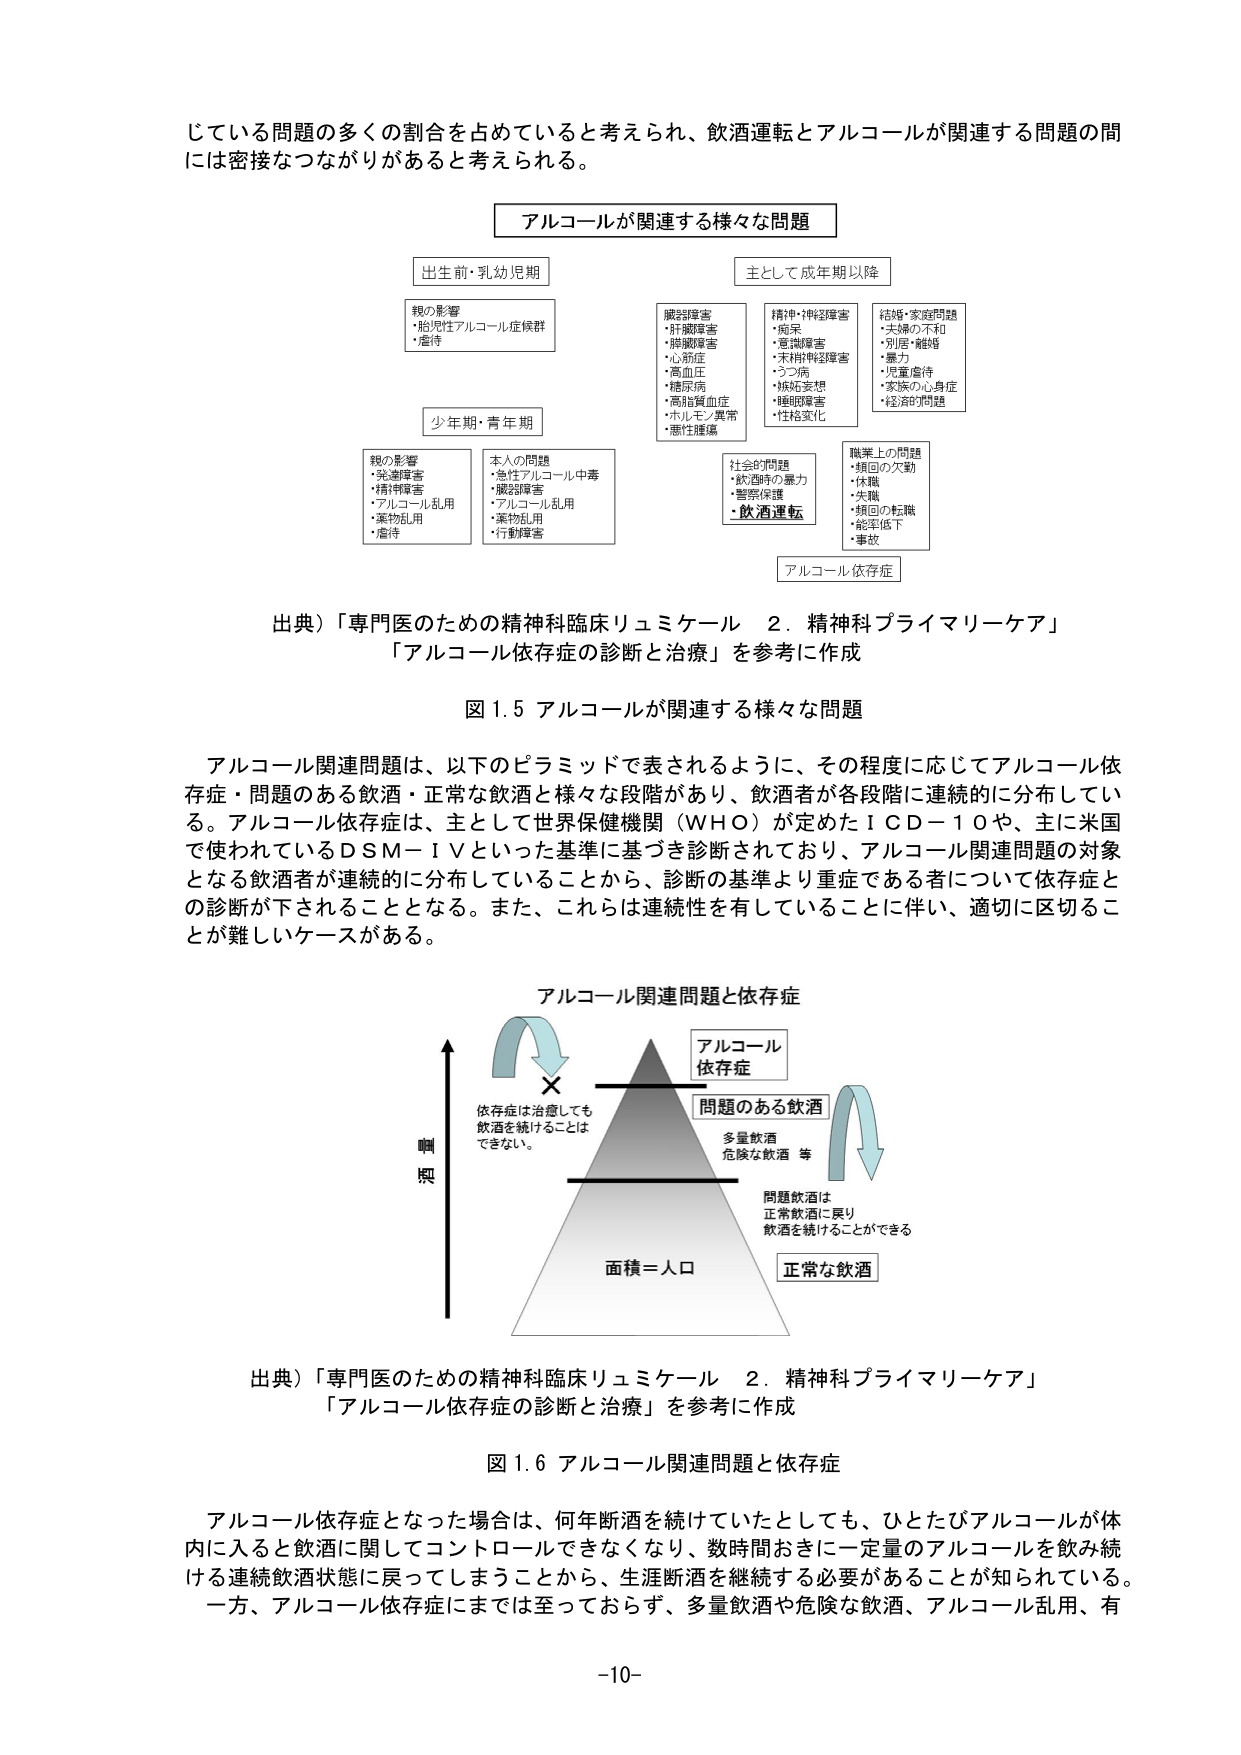
じている問題の多くの割合を占めていると考えられ、飲酒運転とアルコールが関連する問題の間には密接なつながりがあると考えられる。

アルコールが関連する様々な問題

出生前・乳幼児期
親の影響
・胎児性アルコール症候群
・虐待

少年人・青年期
親の影響
・発達障害
・精神障害
・アルコール乱用
・薬物乱用
・虐待
本人の問題
・急性アルコール中毒
・脳部障害
・アルコール乱用
・薬物乱用
・行動障害

主として成年期以降
臓器障害
・肝臓障害
・膵臓障害
・心筋症
・高血圧
・糖尿病
・高脂質血症
・ホルモン異常
・悪性腫瘍
精神・神経障害
・痴呆
・意識障害
・末梢神経障害
・うつ病
・強迫妄想
・睡眠障害
・性格変化
結婚・家庭問題
・夫婦の不和
・別居・離婚
・暴力
・児童虐待
・家族の心身症
・経済的問題
社会的問題
・飲酒時の暴力
・警察保護
・飲酒運転
職業上の問題
・頻回の欠勤
・休職
・失職
・頻回の転職
・能率低下
・事故

アルコール依存症

出典）「専門医のための精神科臨床リュミケール 2．精神科プライマリーケア」
「アルコール依存症の診断と治療」を参考に作成

図 1.5 アルコールが関連する様々な問題

アルコール関連問題は、以下のピラミッドで表されるように、その程度に応じてアルコール依存症・問題のある飲酒・正常な飲酒と様々な段階があり、飲酒者が各段階に連続的に分布している。アルコール依存症は、主として世界保健機関（WHO）が定めたＩＣＤ－１０や、主に米国で使われているＤＳＭ－ＩＶといった基準に基づき診断されており、アルコール関連問題の対象となる飲酒者が連続的に分布していることから、診断の基準より重症である者について依存症との診断が下されることとなる。また、これらは連続性を有していることに伴い、適切に区切ることが難しいケースがある。

アルコール関連問題と依存症

（縦軸：頻度）
面積＝人口

アルコール依存症
問題のある飲酒
多量飲酒
危険な飲酒 等
正常な飲酒

依存症は治療しても飲酒を続けることはできない。
問題飲酒は正常飲酒に戻り飲酒を続けることができる。

出典）「専門医のための精神科臨床リュミケール 2．精神科プライマリーケア」
「アルコール依存症の診断と治療」を参考に作成

図 1.6 アルコール関連問題と依存症

アルコール依存症となった場合は、何年断酒を続けていたとしても、ひとたびアルコールが体内に入ると飲酒に関してコントロールできなくなり、数時間おきに一定量のアルコールを飲み続ける連続飲酒状態に戻ってしまうことから、生涯断酒を継続する必要があることが知られている。一方、アルコール依存症にまでは至っておらず、多量飲酒や危険な飲酒、アルコール乱用、有

-10-